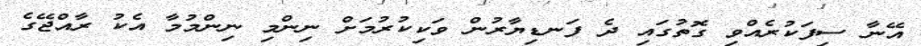
އޭނާ ސިފަކުރެއްވި ގޮތުގައި ދެ ފަނޑިޔާރުން ވަކިކުރުމަށް ނިންމި ނިންމުމާ އެކު ރާއްޖޭގެ